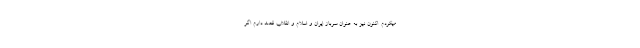
میکردم. اکنون نیز به عنوان سرباز ایران و اسلام و انقلاب قصد دارم اگر